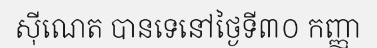
ស៊ីណេត បានទេនៅថ្ងៃទី៣០ កញ្ញា